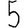
Digit: 5